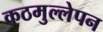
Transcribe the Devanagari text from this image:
कठमुल्लेपन